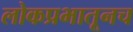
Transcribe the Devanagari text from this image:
लोकप्रभातूनच